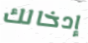
إدخالك